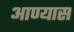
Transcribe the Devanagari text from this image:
आण्यास